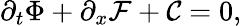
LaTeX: \partial_{t}\Phi+\partial_{x}\mathcal{F}+\mathcal{C}=0,